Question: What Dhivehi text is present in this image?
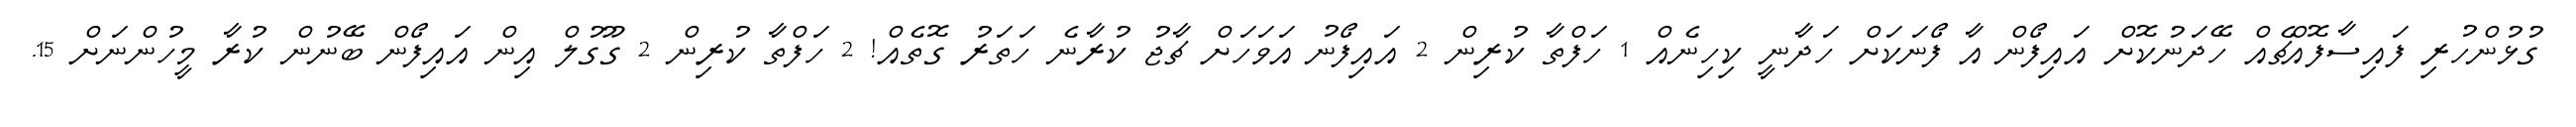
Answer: ގުޅުންހުރި ފައިސާފޮއްޗެއް ހޭދަނުކޮށް އައިފޯން އާ ފޯނަކަށް ހަދާނީ ކިހިނެއް 1 ހަފްތާ ކުރިން 2 އައިފޯނު އަވަހަށް ޗާޖު ކުރާނެ ހަތަރު ގޮތެއް! 2 ހަފްތާ ކުރިން 2 ގޫގުލް އިން އައިފޯން ބޭނުން ކުރާ މީހުންނަށް 15.